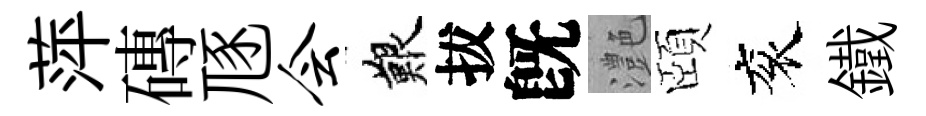
萍磚豗会艱拔旣灔頤衮鐵